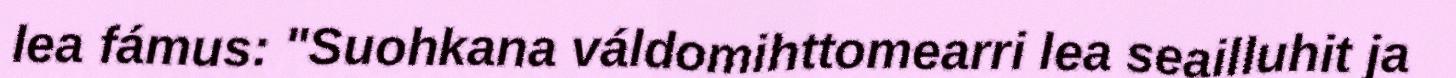
lea fámus: "Suohkana váldomihttomearri lea seailluhit ja